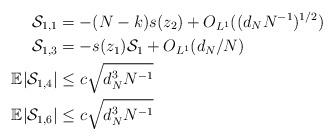
LaTeX: \begin{align*}\mathcal{S}_{1,1} &= -(N-k)s(z_{2})+O_{L^1}((d_{N}N^{-1})^{1/2}) \\\mathcal{S}_{1,3} &= -s(z_{1})\mathcal{S}_{1}+O_{L^1}(d_{N}/N)\\\mathbb{E}|\mathcal{S}_{1,4}| &\leq c\sqrt{d_{N}^{3}N^{-1}} \\\mathbb{E}|\mathcal{S}_{1,6}| &\leq c\sqrt{d_{N}^{3}N^{-1}} \end{align*}